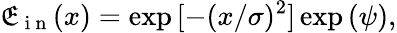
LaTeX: \mathfrak{E}_{\mathrm{{~i~n~}}}(x)=\exp{[-(x/\sigma)^{2}]}\exp{(\psi)},